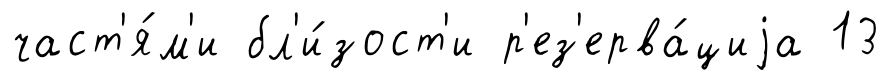
част'я́м'и бл'и́зост'и р'ез'ерва́циjа 13